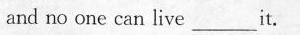
and no one can live___it.